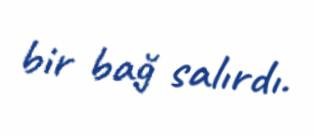
bir bağ salırdı.